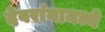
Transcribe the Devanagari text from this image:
देवरांयामध्ये